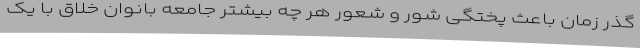
گذر زمان باعث پختگی شور و شعور هر چه بیشتر جامعه بانوان خلاق با یک